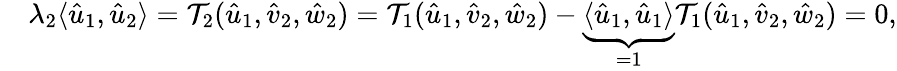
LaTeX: \begin{array}{rl}&{\lambda_{2}\langle\hat{u}_{1},\hat{u}_{2}\rangle={\mathcal{T}}_{2}(\hat{u}_{1},\hat{v}_{2},\hat{w}_{2})={\mathcal{T}}_{1}(\hat{u}_{1},\hat{v}_{2},\hat{w}_{2})-\underbrace{\langle\hat{u}_{1},\hat{u}_{1}\rangle}_{=1}{\mathcal{T}}_{1}(\hat{u}_{1},\hat{v}_{2},\hat{w}_{2})=0,}\end{array}